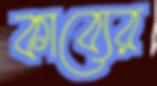
কাব্যের